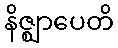
နိဇ္ဈာပေတိ